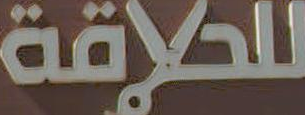
للحلاقة